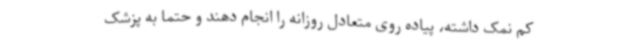
کم نمک داشته، پیاده روی متعادل روزانه را انجام دهند و حتما به پزشک